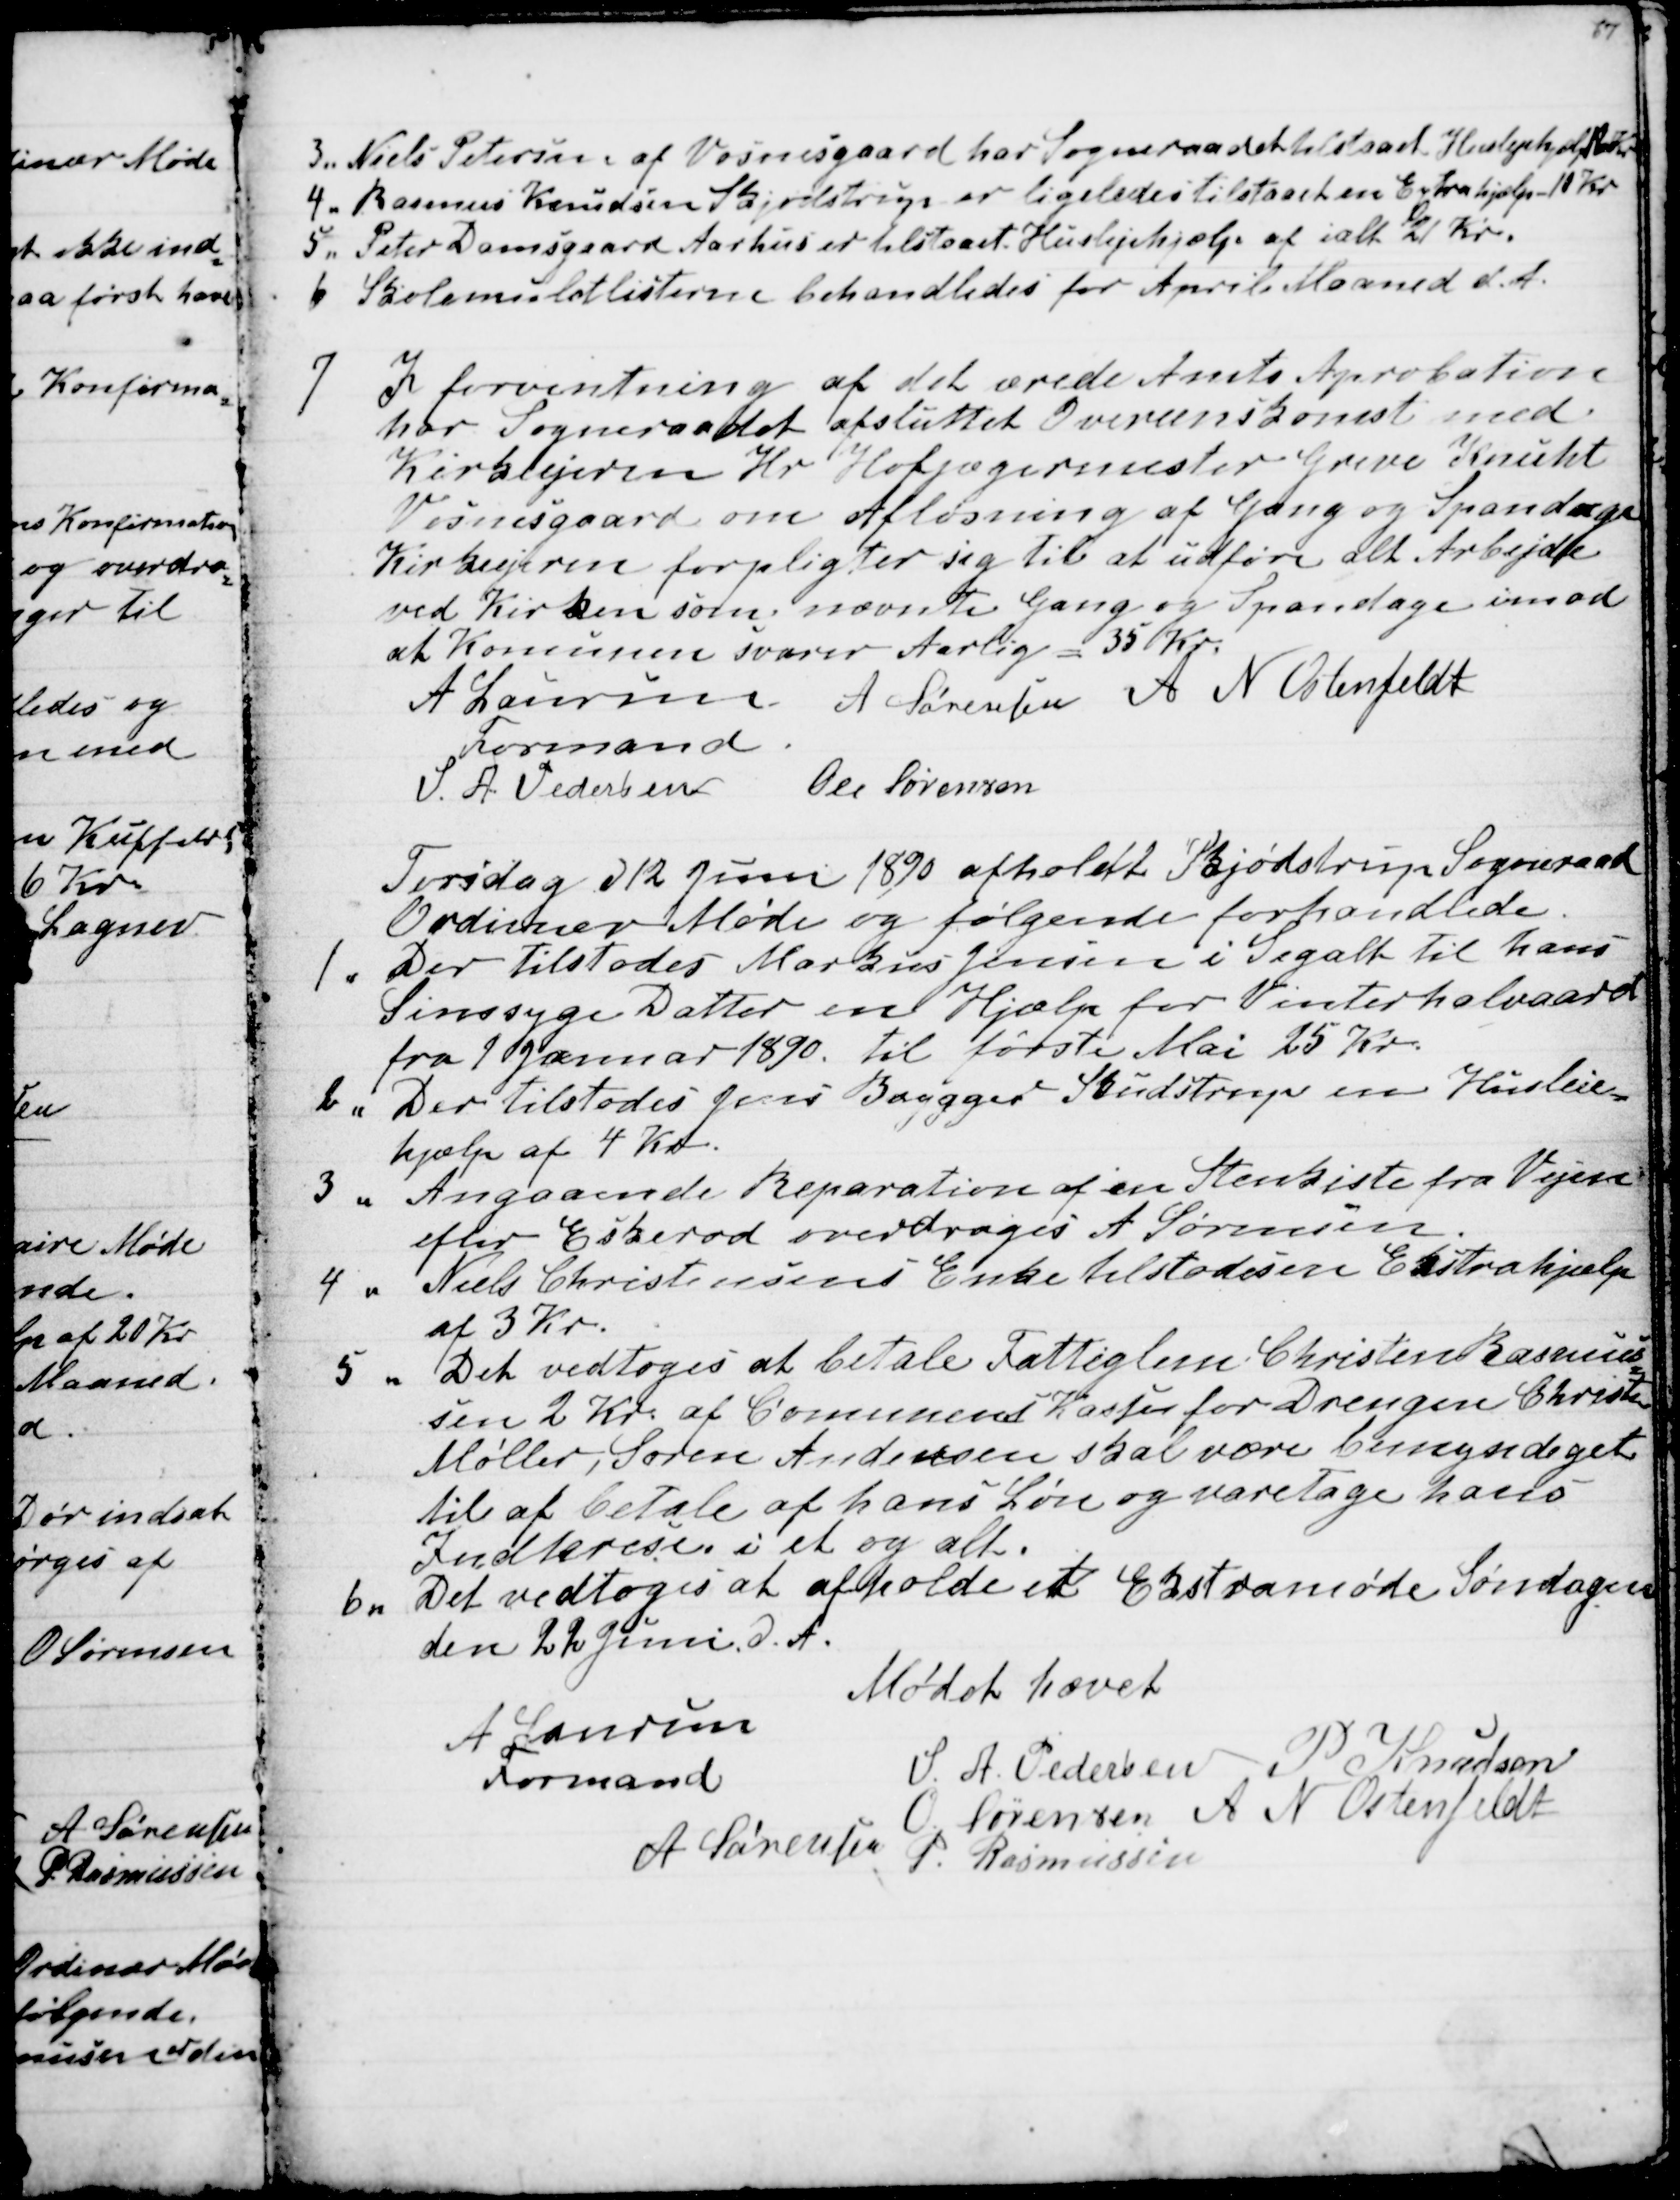
Transskription:
3. Niels Petersen af Vosnesgaard har Sogneraadet tilstaaet Huslejehjælp  Kr
4. Rasmus Knudsen Skjødstrup er ligeledes tilstaaet en Extrahjælp 10 Kr
5. Peter Damsgaard Aarhus er tilstaaet Huslejehjælp af ialt 21 Kr.
6 Skolemuldtlisterne behandledes for April Maaned d. A.
7
I forventning af det ærede Amts Aprobation
har Sogneraadet afsluttet Overeenskomst med
Kirkeejeren Hr Hofjægermester Greve Knuht
Vosnesgaard om Afløsning af Gang og Spandage
Kirkeejeren forpligter sig til at udføre alt Arbejde
ved Kirken som nævnte Gang og Spandage imod
at Kommunen svarer Aarlig - 35 Kr.
A Laursen
Formand
A Sørensen A N Ostenfeldt
S. A. Pedersen
Ole Sørensen
Torsdag d 12 Juni 1890 afholdt Skjødstrup Sogneraad
Ordinær Møde og følgende forhandlede
1. Der tilstodes Markus Jensen i Segalt til hans
Sinssyge Datter en Hjælp for Vinterhalvaaret
fra 1 Januar 1890 til første Mai 25 Kr.
2.
Der tilstodes Jens Brøgger Studstrup en Husleie-
hjælp af 4 Kr.
3 .
Angaaende Reparation af en Stenkiste fra Vejen
efter Eskerod overdroges A Sørensen
4 .
Niels Christensens Enke tilstodes en Ekstrahjælp
af 3 Kr.
5 .
Det vedtoges at betale Fattiglem Christen Rasmus-
sen 2 Kr af Comunens Kasse for Drengen Christen
Møller, Søren Andersen skal være bemyndiget
til at betale af hans Løn og varetage hans
Indterese i et og alt.
6.
Det vedtoges at afholde et Ekstramøde Søndagen
den 22 Juni d. A.
Mødet hævet
A Laursen
Formand
S. A. Pedersen P Knudsen
O. Sørensen A N Ostenfeldt
A Sørensen 
P. Rasmussen